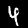
Label: 4